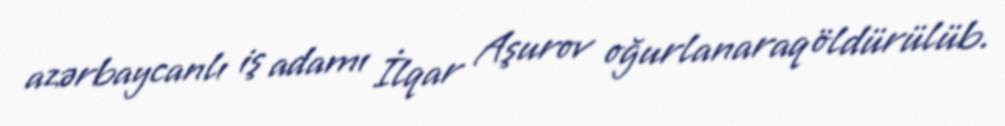
azərbaycanlı iş adamı İlqar Aşurov oğurlanaraq öldürülüb.